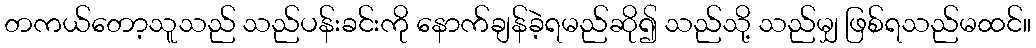
တကယ်တော့သူသည် သည်ပန်းခင်းကို နောက်ချန်ခဲ့ရမည်ဆို၍ သည်သို့ သည်မျှ ဖြစ်ရသည်မထင်။